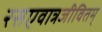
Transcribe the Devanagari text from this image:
रसएवात्रजीवितम्